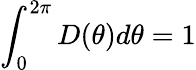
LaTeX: \int_{0}^{2\pi}D(\theta)d\theta=1